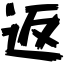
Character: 返